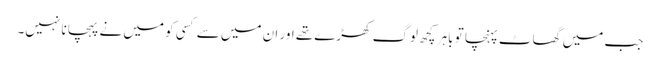
جب میں گھاٹ پہنچا تو باہر کچھ لوگ کھڑے تھے اور ان میں سے کسی کو میں نے پہچانا نہیں۔